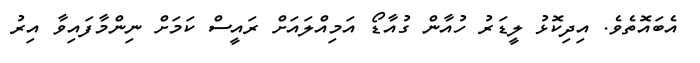
އެބައޮތެވެ. އިދިކޮޅު ލީޑަރު ހުއާން ގުއާޑޯ އަމިއްލައަށް ރައީސް ކަމަށް ނިންމާފައިވާ އިރު